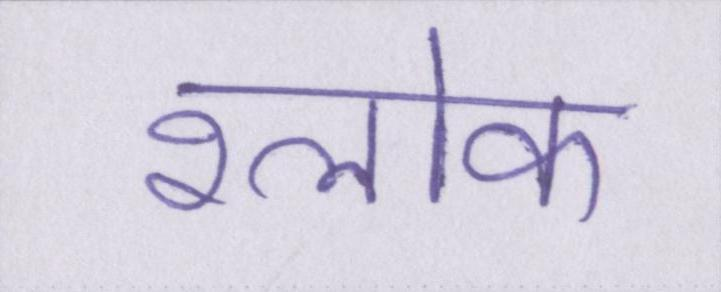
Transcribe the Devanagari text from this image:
श्लोक